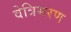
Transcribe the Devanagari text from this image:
वेत्रिमरण